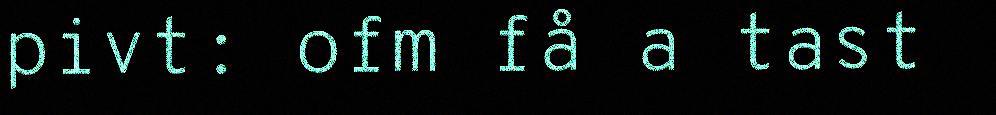
pivt: ofm få a tast